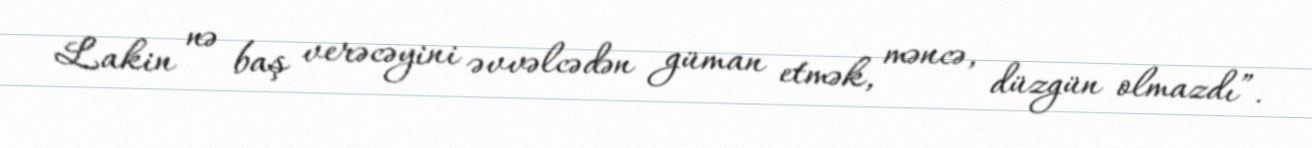
Lakin nə baş verəcəyini əvvəlcədən güman etmək, məncə, düzgün olmazdı”.